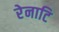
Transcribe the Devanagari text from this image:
रेनाटि